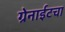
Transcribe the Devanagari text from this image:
ग्रेनाईटचा